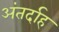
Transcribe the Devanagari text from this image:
अंतर्दाह